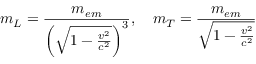
m _ { L } = { \frac { m _ { e m } } { \left( { \sqrt { 1 - { \frac { v ^ { 2 } } { c ^ { 2 } } } } } \right) ^ { 3 } } } , \quad m _ { T } = { \frac { m _ { e m } } { \sqrt { 1 - { \frac { v ^ { 2 } } { c ^ { 2 } } } } } }